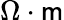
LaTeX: \Omega\cdot\mathsf{m}